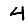
Digit: 4